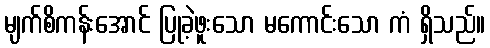
မျက်စိကန်းအောင် ပြုခဲ့ဖူးသော မကောင်းသော ကံ ရှိသည်။